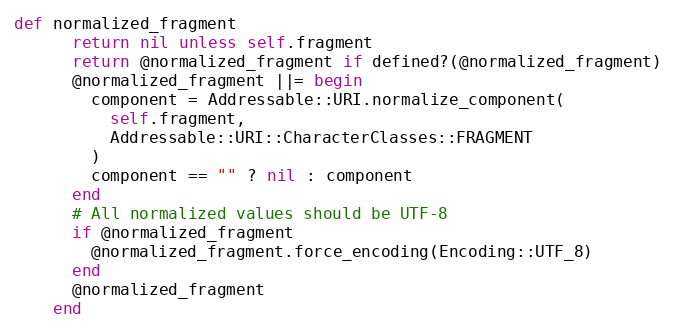
Language: Ruby
def normalized_fragment
      return nil unless self.fragment
      return @normalized_fragment if defined?(@normalized_fragment)
      @normalized_fragment ||= begin
        component = Addressable::URI.normalize_component(
          self.fragment,
          Addressable::URI::CharacterClasses::FRAGMENT
        )
        component == "" ? nil : component
      end
      # All normalized values should be UTF-8
      if @normalized_fragment
        @normalized_fragment.force_encoding(Encoding::UTF_8)
      end
      @normalized_fragment
    end